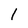
Character: l